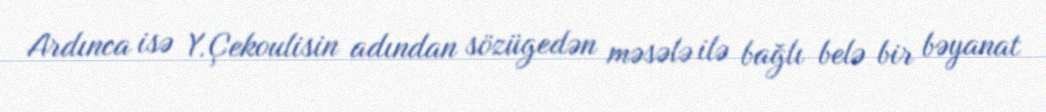
Ardınca isə Y.Çekoulisin adından sözügedən məsələ ilə bağlı belə bir bəyanat